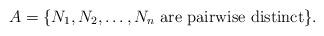
LaTeX: \begin{align*}A=\{ N_1,N_2,\ldots,N_n \mbox{ are pairwise distinct}\}.\end{align*}